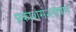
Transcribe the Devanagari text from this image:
प्रकाशसंश्लोषण